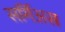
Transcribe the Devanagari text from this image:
सर्गिअस